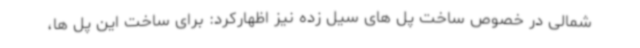
شمالی در خصوص ساخت پل های سیل زده نیز اظهارکرد: برای ساخت این پل ها،